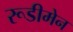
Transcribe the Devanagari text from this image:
रूडीमेन